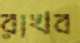
রাখব